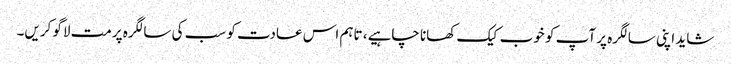
شاید اپنی سالگرہ پر آپ کو خوب کیک کھانا چاہیے، تاہم اس عادت کو سب کی سالگرہ پرمت لاگو کریں۔